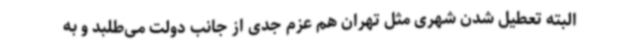
البته تعطیل شدن شهری مثل تهران هم عزم جدی از جانب دولت می‌طلبد و به